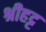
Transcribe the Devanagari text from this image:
श्रीहट्ट